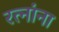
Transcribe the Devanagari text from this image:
रत्नांना